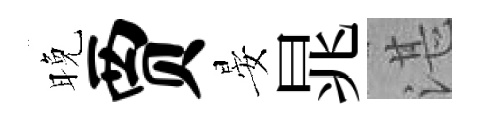
晚贾晏晁湛